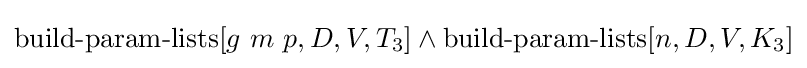
\operatorname {build-param-lists} [g\ m\ p,D,V,T_{3}]\land \operatorname {build-param-lists} [n,D,V,K_{3}]